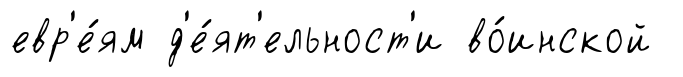
евр'е́ям д'е́ят'ельност'и во́инской